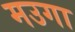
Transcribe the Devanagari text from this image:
मउगा